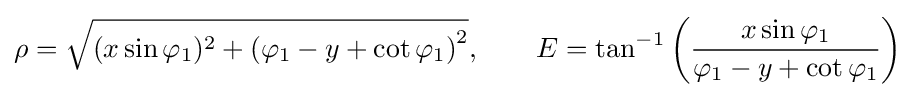
\rho ={\sqrt {(x\sin \varphi _{1})^{2}+\left(\varphi _{1}-y+\cot \varphi _{1}\right)^{2}}},\qquad E=\tan ^{-1}\left({\frac {x\sin \varphi _{1}}{\varphi _{1}-y+\cot \varphi _{1}}}\right)